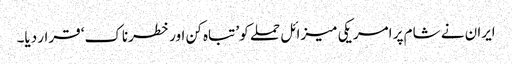
ایران نے شام پر امریکی میزائل حملے کو ’تباہ کن اور خطرناک‘ قرار دیا۔